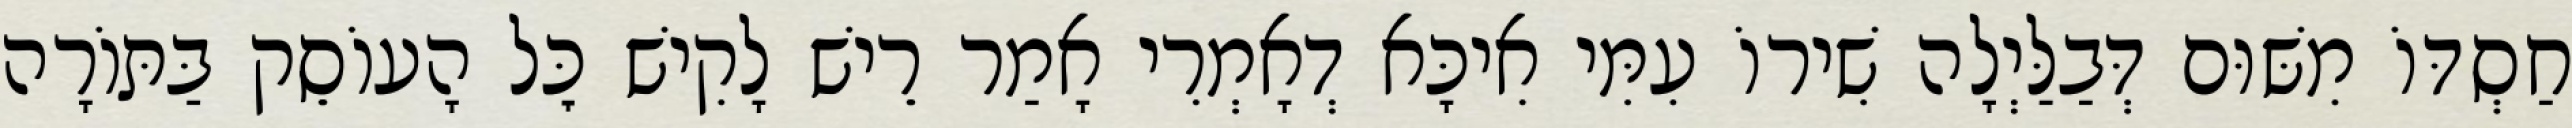
חַסְדּוֹ מִשּׁוּם דְּבַלַּיְלָה שִׁירוֹ עִמִּי אִיכָּא דְאָמְרִי אָמַר רֵישׁ לָקִישׁ כׇּל הָעוֹסֵק בַּתּוֹרָה